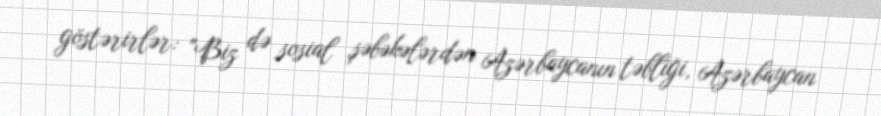
göstərirlər: "Biz də sosial şəbəkələrdən Azərbaycanın təbliği, Azərbaycan